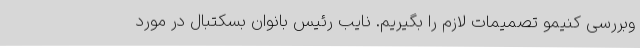
وبررسی کنیمو تصمیمات لازم را بگیریم. نایب رئیس بانوان بسکتبال در مورد